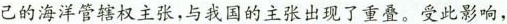
己的海洋管辖权主张，与我国的主张出现了重叠。受此影响，